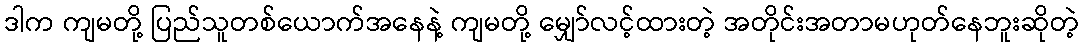
ဒါက ကျမတို့ ပြည်သူတစ်ယောက်အနေနဲ့ ကျမတို့ မျှော်လင့်ထားတဲ့ အတိုင်းအတာမဟုတ်နေဘူးဆိုတဲ့